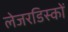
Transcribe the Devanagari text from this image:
लेजरडिस्कों